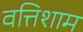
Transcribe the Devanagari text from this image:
वत्तिशाम